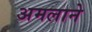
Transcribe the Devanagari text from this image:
अमलाने